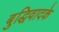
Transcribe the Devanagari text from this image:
बुद्धिवादके